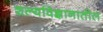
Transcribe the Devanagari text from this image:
शल्यविज्ञानातील